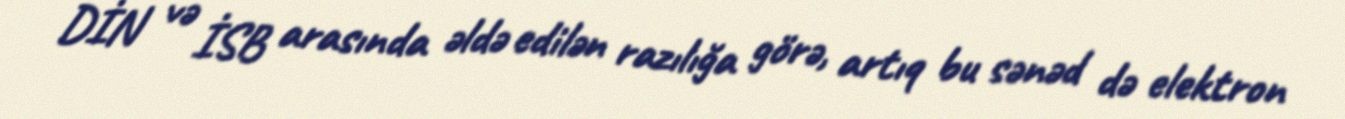
DİN və İSB arasında əldə edilən razılığa görə, artıq bu sənəd də elektron